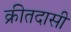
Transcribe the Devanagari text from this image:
क्रीतदासी